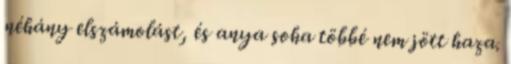
néhány elszámolást, és anya soha többé nem jött haza.